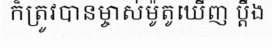
ក៏ត្រូវបានម្ចាស់ម៉ូតូឃើញ ប្តឹង